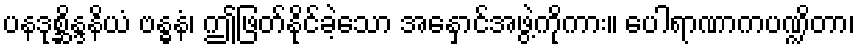
ပနဒုစ္ဆိန္ဒနိယံ ဗန္ဓနံ၊ ဤဖြတ်နိုင်ခဲ့သော အနှောင်အဖွဲ့ကိုကား။ ပေါရာဏာကပဏ္ဍိတာ၊